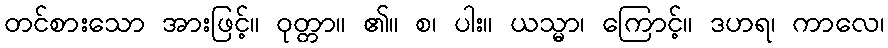
တင်စားသော အားဖြင့်။ ဝုတ္တာ။ ၏။ စ၊ ပါး။ ယသ္မာ၊ ကြောင့်။ ဒဟရ၊ ကာလေ၊